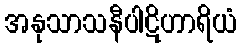
အနုသာသနီပါဋိဟာရိယံ